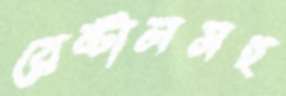
রেন্টালসহ